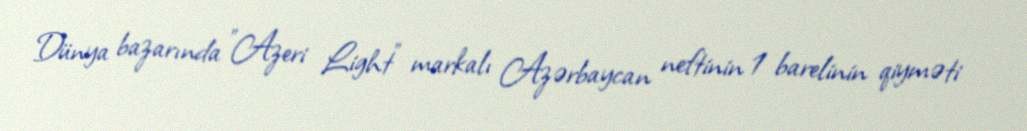
Dünya bazarında "Azeri Light" markalı Azərbaycan neftinin 1 barelinin qiyməti